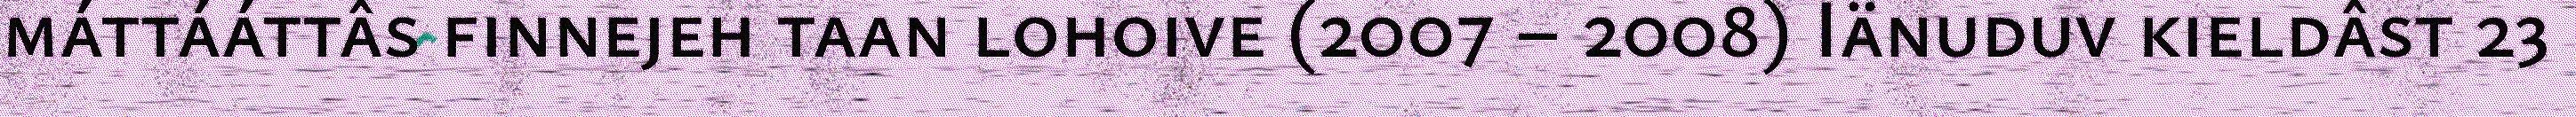
máttááttâs finnejeh taan lohoive (2007 – 2008) Iänuduv kieldâst 23